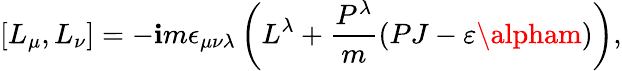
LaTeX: [L_{\mu},L_{\nu}]=-\mathbf{i}m\epsilon_{\mu\nu\lambda}\left(L^{\lambda}+\frac{{P^{\lambda}}}{{m}}(PJ-\varepsilon\alpham)\right),